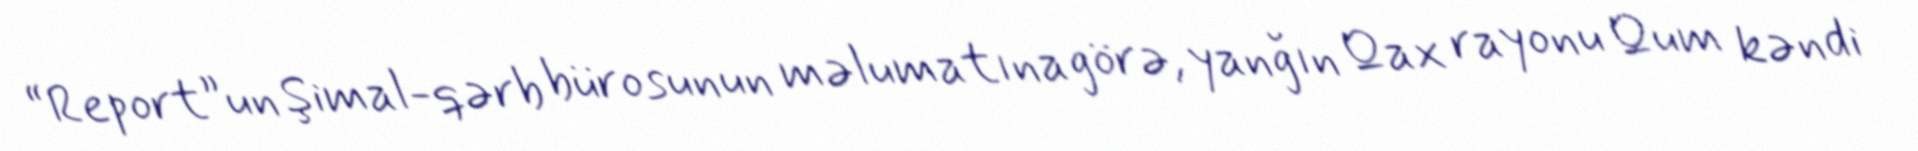
“Report”un Şimal-qərb bürosunun məlumatına görə, yanğın Qax rayonu Qum kəndi